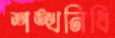
শঙ্খনিধি